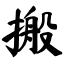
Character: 搬